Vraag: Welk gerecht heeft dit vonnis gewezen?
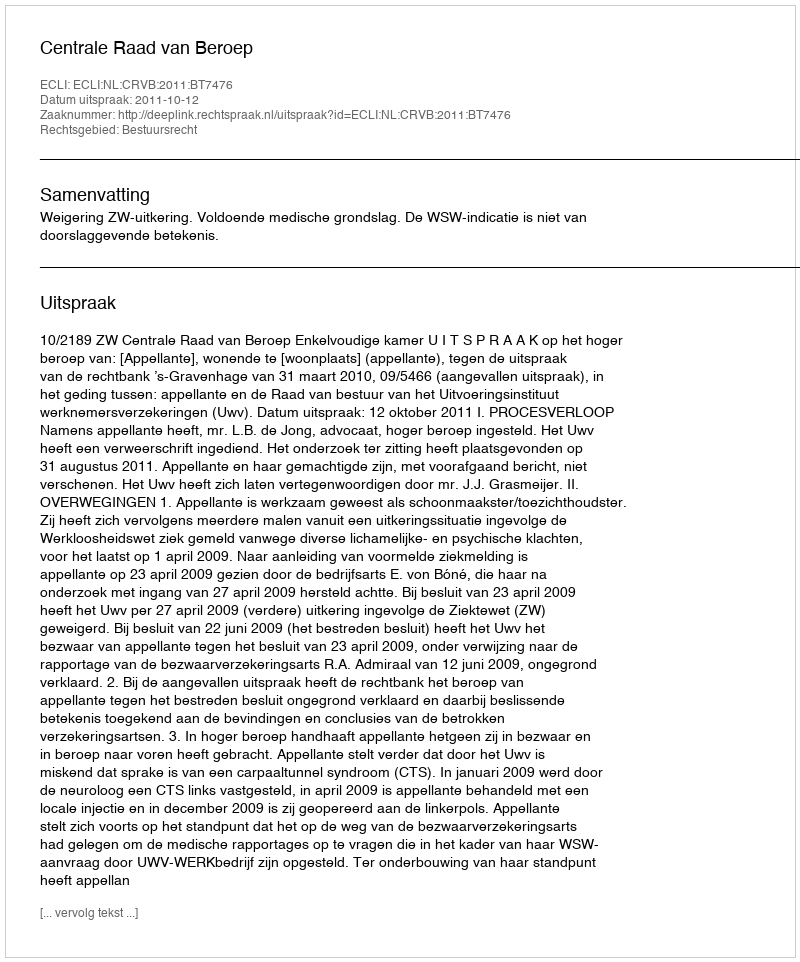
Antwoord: Centrale Raad van Beroep